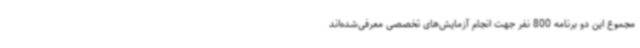
مجموع این دو برنامه 800 نفر جهت انجام آزمایش‌های تخصصی معرفی‌شده‌اند